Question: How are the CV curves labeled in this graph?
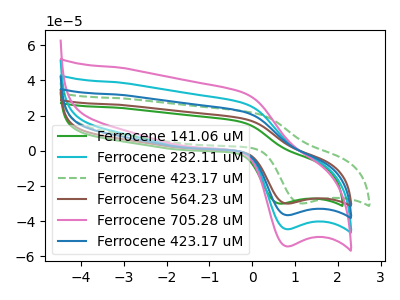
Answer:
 <answer>The green curve is labeled "Ferrocene 141.06 uM". The cyan curve is labeled "Ferrocene 282.11 uM". The green dashed curve is labeled "Ferrocene 423.17 uM". The brown curve is labeled "Ferrocene 564.23 uM". The pink curve is labeled "Ferrocene 705.28 uM". The blue curve is labeled "Ferrocene 423.17 uM".</answer>
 <eval></eval>